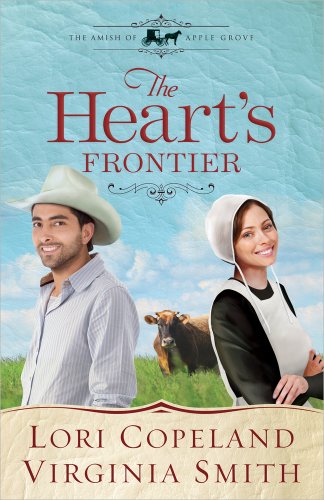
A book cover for The Heart's Frontier (The Amish of Apple Grove, No. 1); Lori Copeland; Christian Books & Bibles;